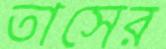
তাসের